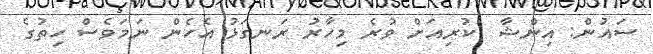
ސައުން: އިންޝާ  ކުރިއަށް ވުރެ މިހާރު ރަނގަޅު އެހެން ނަމަވެސް ހިތުގެ